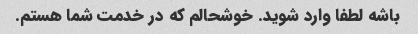
باشه لطفا وارد شوید. خوشحالم که در خدمت شما هستم.